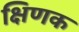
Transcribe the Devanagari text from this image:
क्षिणक